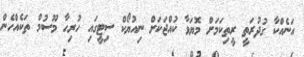
އަނެއްކާ ގުދުރަތީ ރީތިކަމަށް މޮޔަވާ ކުއްޖަކަށް ނިއުޔޯކް ސިޓީގައި ހުރިހާ މޫސުމް ތަކެއްހެން